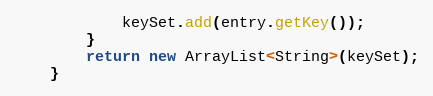
Language: Java
            keySet.add(entry.getKey());
        }
        return new ArrayList<String>(keySet);
    }